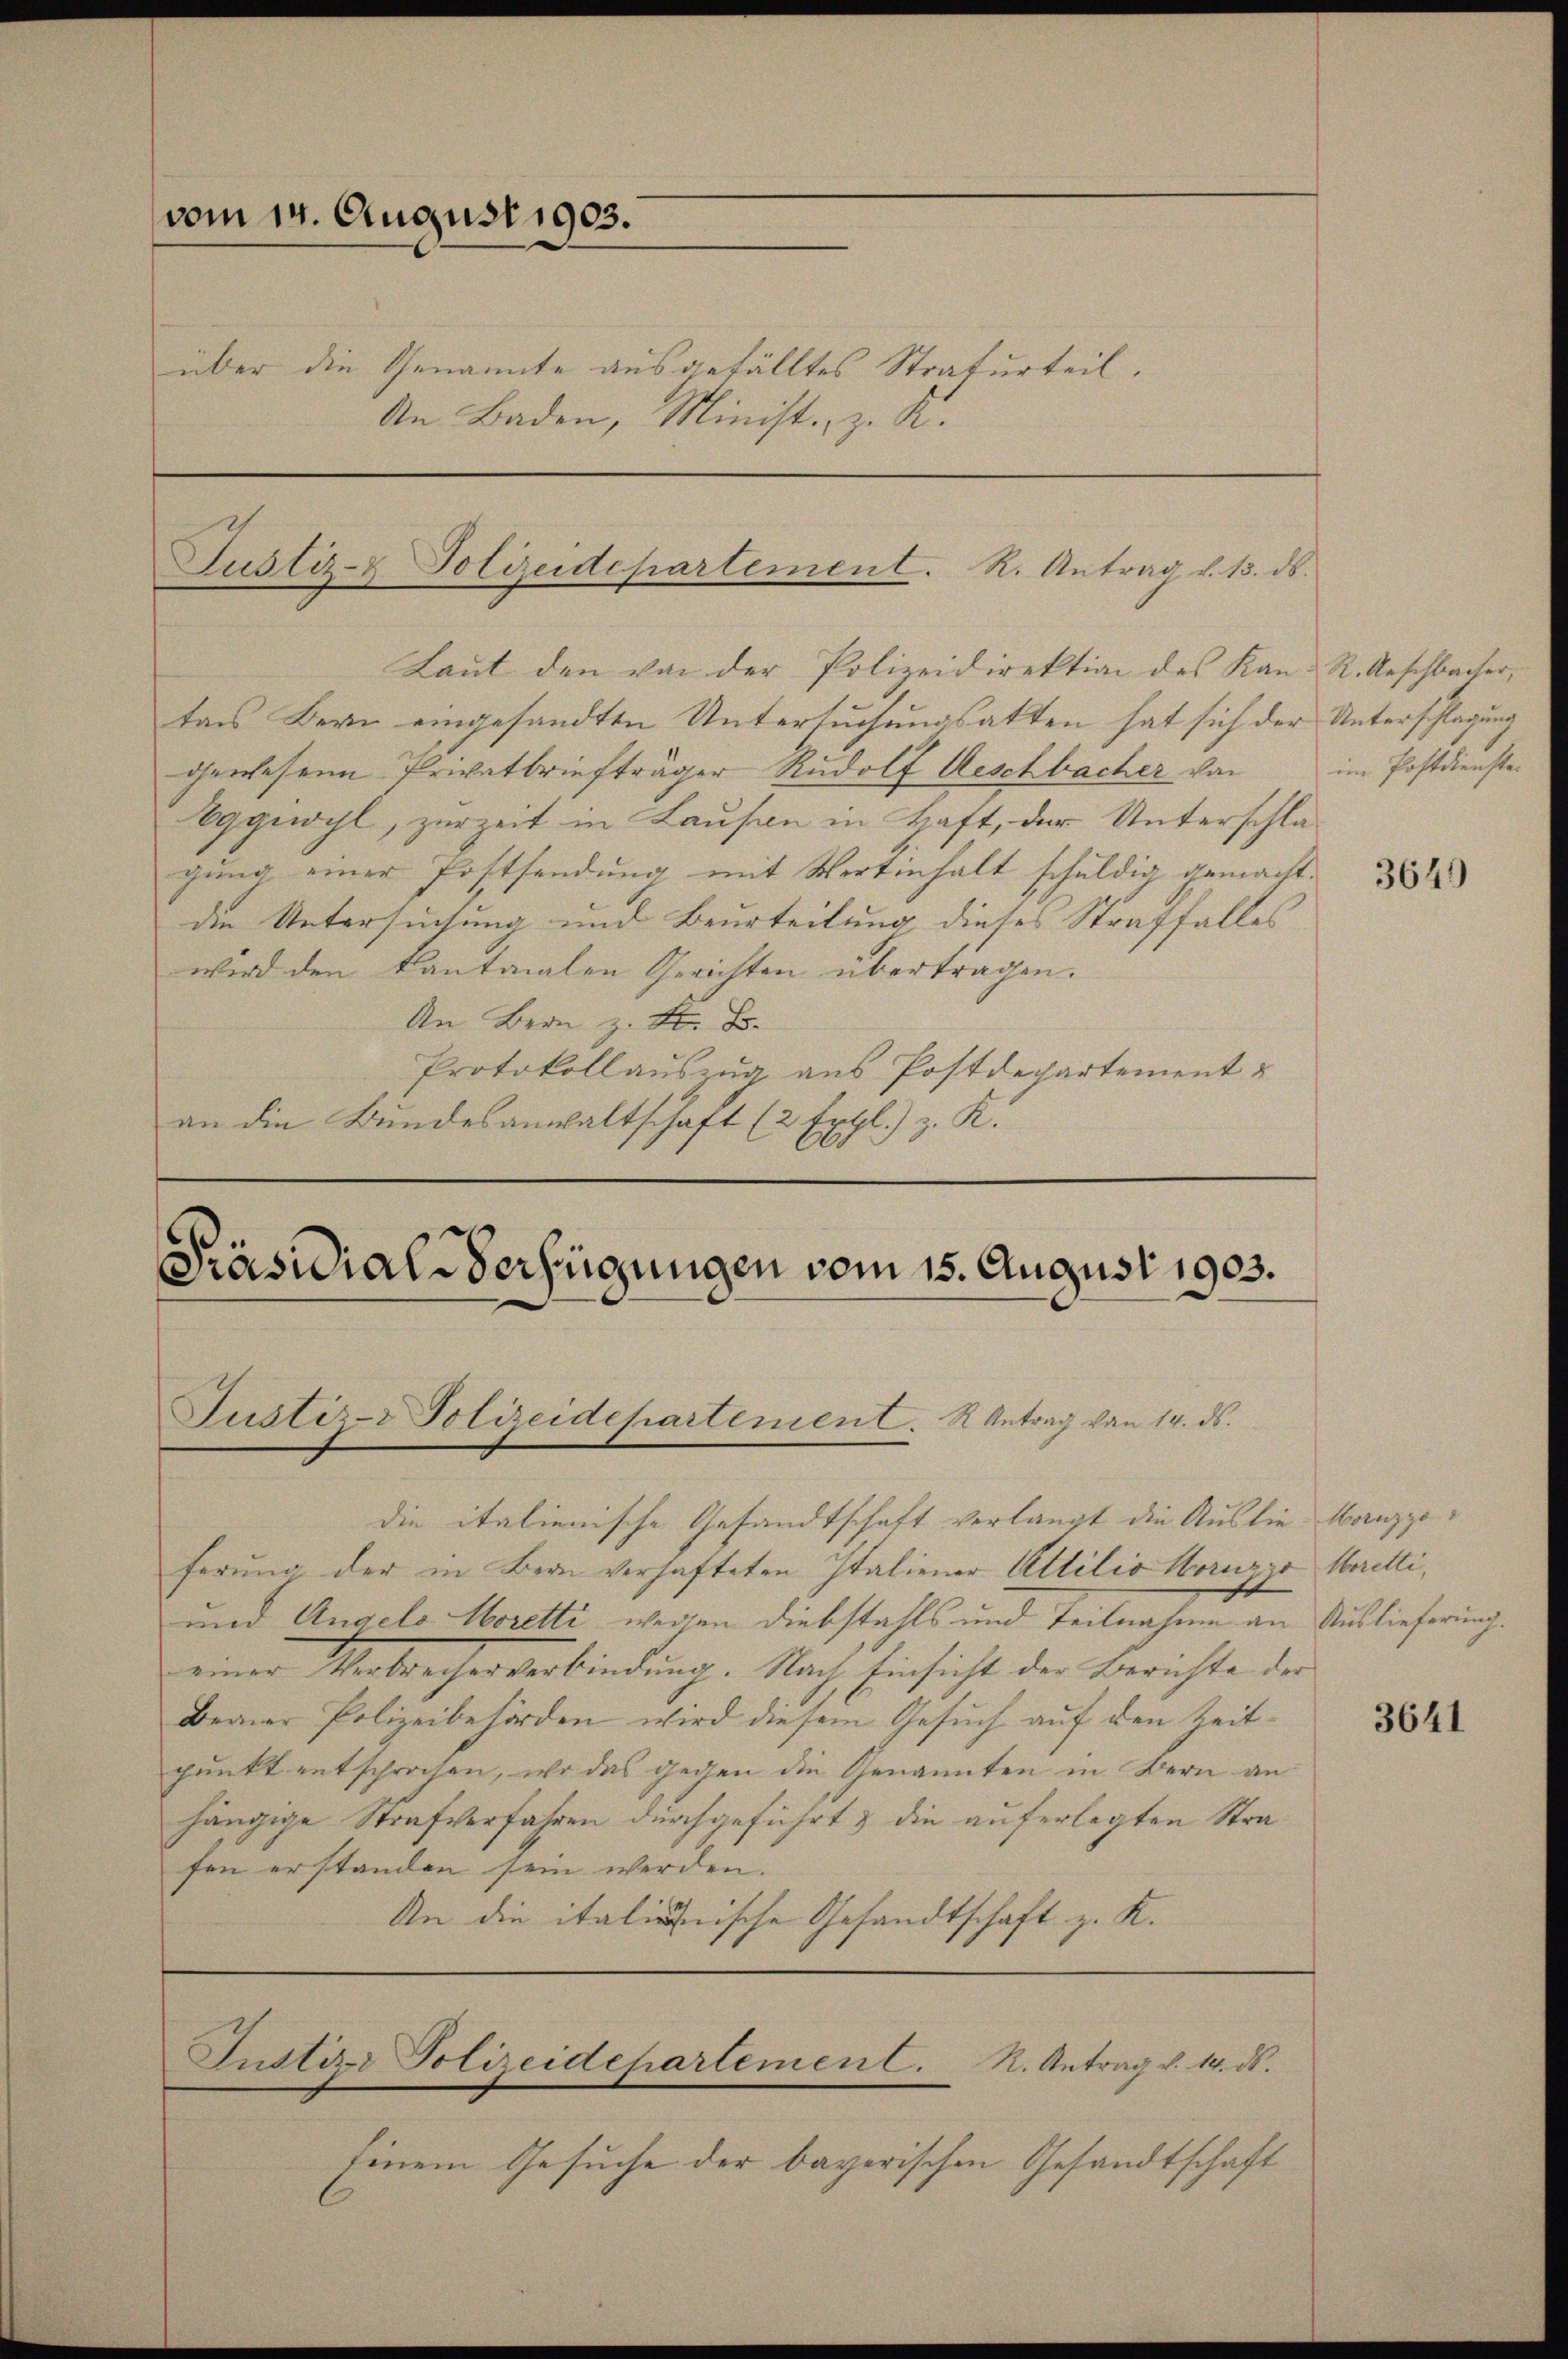
vom 14. August 1903.
über die Genannte ausgefälltes Strafurteil.
An Baden, Minist, z. K.

Justiz- & Polizeidepartement. R. Antrag d. 15. ds.

Laut den von der Polizeidirektion des Kan-R. Anschbacher,
tars Bern eingesandten Untersuchungsatten hat sich der Unterschlagung
gewesene Privatbriefträger Rudolf Aeschbacher von
Oggewohl, zurzeit in Lausen in Haft, der Unterschlagung einer Postsendung mit Wertinhalt schuldig gemacht.
die Untersuchung und Beurteilung dieses Straffalles
wird den kantonalen Gerichten übertragen.
An Bern z. St. B.
Protokollauszug aus Postdepartement u
an die Bundesanwaltschaft (2 Extl) z. K.

Präsidial-Verfügungen vom 15. August 1903.
Justiz-Polizeidepartement. Antrag von 14. ds.

die italienische Gesandtschaft verlangt die Auslie Manzgeferung der in Bern verhafteten Italiener Attilio Horizzo Ceretti,
und Angelo Moretti wegen Diebstahls und Teilnahme an Auslieferung.
einer Verbrecherverbindung. Nach Einsicht der Berichte der
Berner Polizeibehörden wird diesem Gesuch auf den Zeitpunkt entschrochen, wo das gegen die Genannten in Bern an
hängige Strafverfahren durchgeführt & die auferlegten Strafen erstanden sein werden.
An die italienische Gesandtschaft z. K.

Justiz- Polizeidepartement. R. Antrag v. 14. ds.

Einem Gesuche der bayerischen Gesandtschaft

im Postdienste-

3649

3641